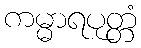
ကမ္မာရပုတ္တံ